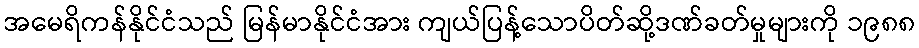
အမေရိကန်နိုင်ငံသည် မြန်မာနိုင်ငံအား ကျယ်ပြန့်သောပိတ်ဆို့ဒဏ်ခတ်မှုများကို ၁၉၈၈